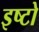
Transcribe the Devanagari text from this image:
इष्टो